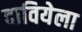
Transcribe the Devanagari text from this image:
दावियेला